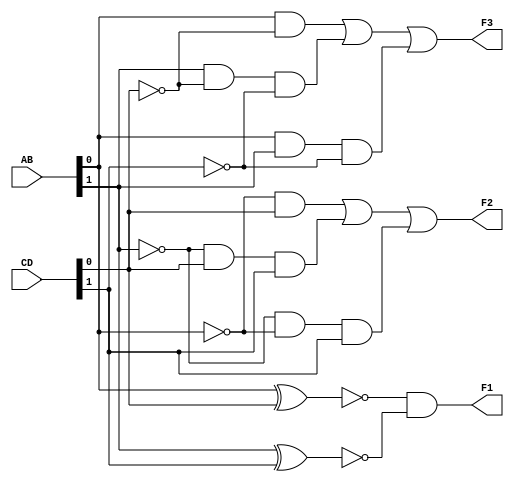
module comparator(AB,CD,F1,F2,F3);
input [0:1] AB,CD;
output reg F1,F2,F3;
always @(AB,CD)
begin
 F1 = (~(AB[1]^CD[1]))&(~(AB[0]^CD[0]));
 F2 = ((!AB[1]&CD[1])||(!AB[0]&CD[1]&CD[0])||(!AB[0]&!AB[1]&CD[0]));
 F3 = ((AB[1]&!CD[1])||(AB[0]&!CD[1]&!CD[0])||(AB[1]&AB[0]&!CD[0])); 
end
endmodule